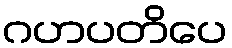
ဂဟပတိပေ